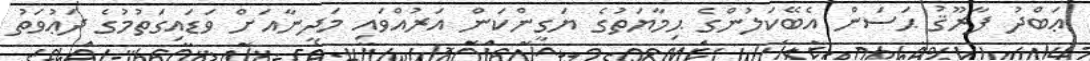
ޢަބްދު ފާރޫޤު ޙަސަން އެބޭކަލުންގެ ޙިމާޔަތުގެ ޔަގީންކަން އަރުއްވައި މަދީނާއަށް ވަޑައިގަތުމުގެ ދަޢުވަތު